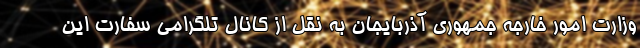
وزارت امور خارجه جمهوری آذربایجان به نقل از کانال تلگرامی سفارت این